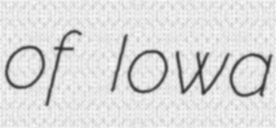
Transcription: of Iowa